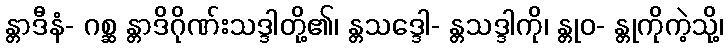
န္တာဒီနံ- ဂစ္ဆ န္တာဒိဂိုဏ်းသဒ္ဒါတို့၏၊ န္တသဒ္ဒေါ- န္တသဒ္ဒါကို၊ န္တုဝ- န္တုကိုကဲ့သို့၊